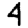
Digit: 4